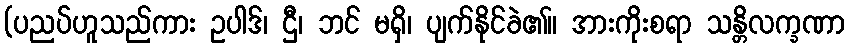
(ပညပ်ဟူသည်ကား ဥပါဒ်၊ ဌီ၊ ဘင် မရှိ၊ ပျက်နိုင်ခဲ၏။ အားကိုးစရာ သန္တိလက္ခဏာ